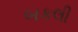
બકલી